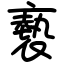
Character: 褻